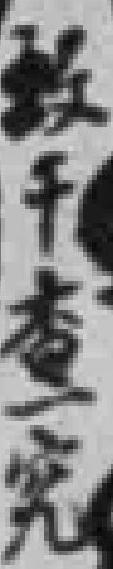
千专究